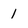
Character: 1